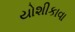
યોશીકાવા